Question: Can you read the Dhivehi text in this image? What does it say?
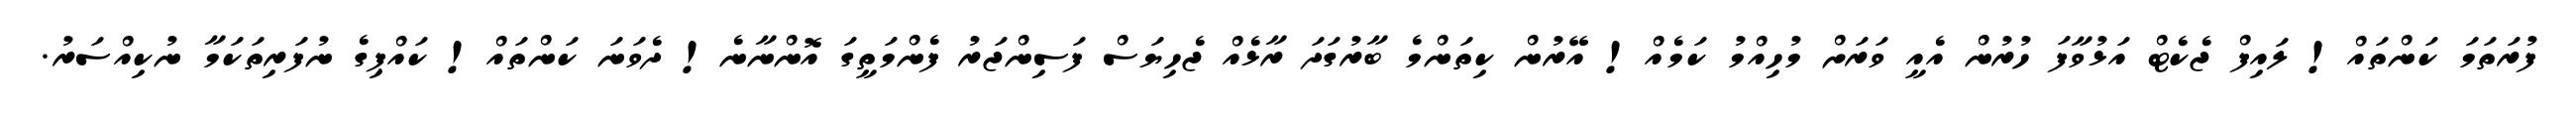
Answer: ފުރަތަމަ ކަންތައް! ލައިފް ޖެކެޓް އަޅުވާފަ ހުރުން އެއީ ވަރަށް މުހިއްމު ކަމެއް! އޭރުން ކިތަންމެ ބާރުގަދަ ރާޅެއް ޖެހިޔަސް ފަސިންޖަރު ފެންމަތީގަ އޮންނާނެ! ދެވަނަ ކަންތައް! ކައްޕިގެ ނުފަރިތަކަމާ ނުކިއްސަރު.